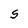
Character: S